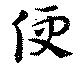
便